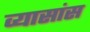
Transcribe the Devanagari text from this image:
व्यासांस